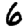
Digit: 6